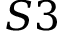
S 3